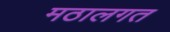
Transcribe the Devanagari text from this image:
मठालगत